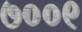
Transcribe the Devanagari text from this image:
७००९